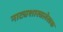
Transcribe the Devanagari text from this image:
नाट्यशास्त्रलेखक